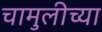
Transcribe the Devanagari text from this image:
चामुलीच्या